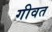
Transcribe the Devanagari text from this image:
गीवत